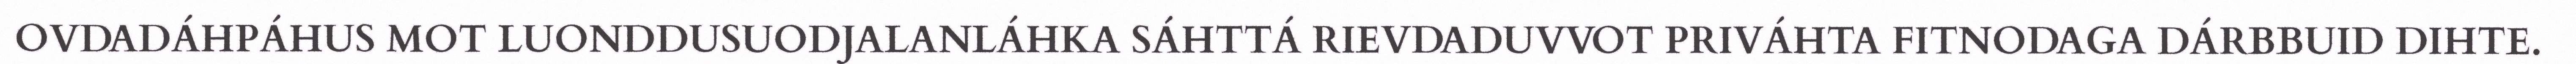
OVDADÁHPÁHUS MOT LUONDDUSUODJALANLÁHKA SÁHTTÁ RIEVDADUVVOT PRIVÁHTA FITNODAGA DÁRBBUID DIHTE.